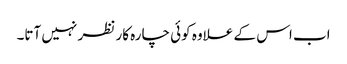
اب اس کے علاوہ کوئی چارہ کار نظر نہیں آتا۔